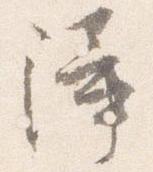
障